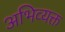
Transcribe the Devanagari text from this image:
अभिव्‍यक्त